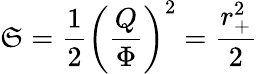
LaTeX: \mathfrak{S}={\frac{{1}}{{2}}}\left({\frac{{Q}}{{\Phi}}}\right)^{2}={\frac{{r_{+}^{2}}}{{2}}}